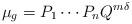
LaTeX: \begin{align*}\mu_{g}=P_{1}\cdots P_{n}Q^{m\delta}\end{align*}